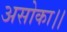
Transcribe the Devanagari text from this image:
असोका।।